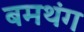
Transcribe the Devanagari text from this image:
बमथंग